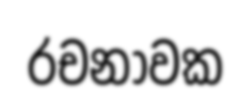
රචනාවක